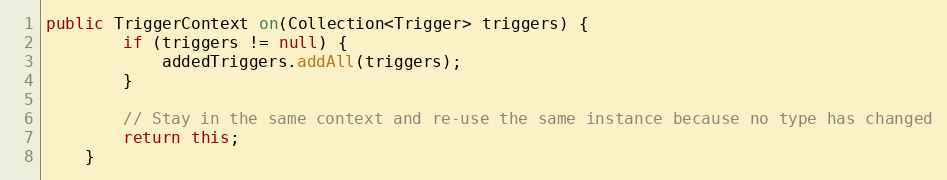
Language: Java
public TriggerContext on(Collection<Trigger> triggers) {
        if (triggers != null) {
            addedTriggers.addAll(triggers);
        }

        // Stay in the same context and re-use the same instance because no type has changed
        return this;
    }